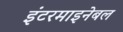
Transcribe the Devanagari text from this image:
इंटरमाइनेबल